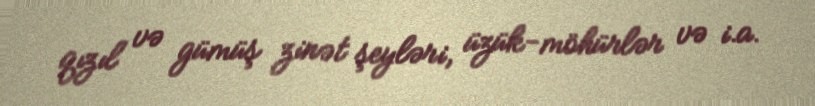
qızıl və gümüş zinət şeyləri, üzük-möhürlər və i.a.